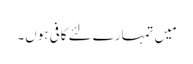
مَیں تمہارے لئے کافی ہوں۔